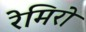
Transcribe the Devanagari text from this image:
रेमिरो